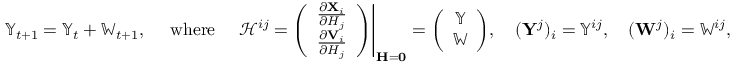
\begin{array} { r } { \mathbb { Y } _ { t + 1 } = \mathbb { Y } _ { t } + \mathbb { W } _ { t + 1 } , \quad \mathrm { ~ w h e r e ~ } \quad \mathbf { \mathcal { H } } ^ { i j } = \left. \! \left( \begin{array} { c } { \frac { \partial \mathbf { X } _ { i } } { \partial H _ { j } } } \\ { \frac { \partial \mathbf { V } _ { i } } { \partial H _ { j } } } \end{array} \right) \right| _ { \mathbf { H } = \mathbf { 0 } } = \left( \begin{array} { c } { \mathbb { Y } } \\ { \mathbb { W } } \end{array} \right) \! , \quad ( \mathbf { Y } ^ { j } ) _ { i } = \mathbb { Y } ^ { i j } , \quad ( \mathbf { W } ^ { j } ) _ { i } = \mathbb { W } ^ { i j } , } \end{array}